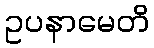
ဥပနာမေတိ